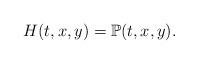
LaTeX: \begin{align*}H(t,x,y)=\mathbb{P}(t,x,y).\end{align*}